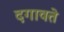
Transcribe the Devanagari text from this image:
दगावते